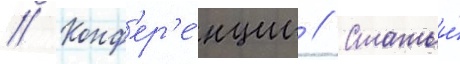
// Конф'ер'е́нции // Статьи́